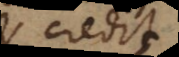
i credit,